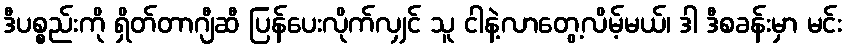
ဒီပစ္စည်းကို ရှိတ်တာဂျီဆီ ပြန်ပေးလိုက်လျှင် သူ ငါနဲ့လာတွေ့လိမ့်မယ်၊ ဒါ ဒီစခန်းမှာ မင်း